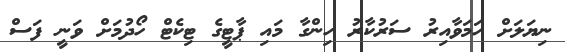
ނިޔަލަށް ހަމަވާއިރު ސަރުކާރު ހިންގާ މައި ޕާޓީގެ ޓިކެޓް ހޯދުމަށް ވަނީ ފަސް